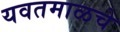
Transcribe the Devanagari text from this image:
यवतमाळचे